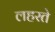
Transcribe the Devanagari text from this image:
लहरते